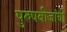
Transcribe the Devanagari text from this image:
पुरुषबीजांची